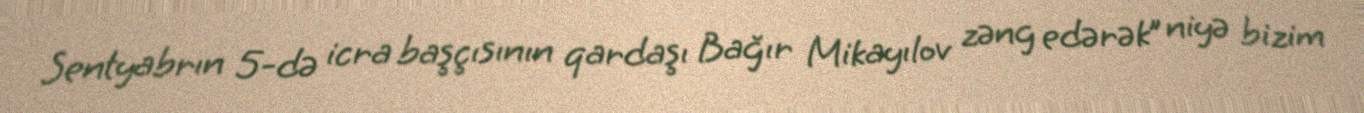
Sentyabrın 5-də icra başçısının qardaşı Bağır Mikayılov zəng edərək” niyə bizim